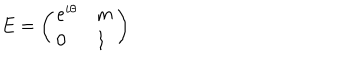
LaTeX: E = \left( \begin{array} { l l } { { e ^ { i \theta } } } & { { m } } \\ { { 0 } } & { { 1 } } \\ \end{array} \right)